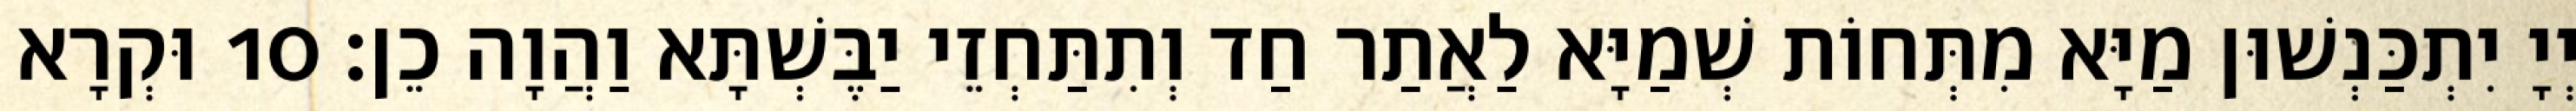
יְיָ יִתְכַּנְשׁוּן מַיָּא מִתְּחוֹת שְׁמַיָּא לַאֲתַר חַד וְתִתַּחְזֵי יַבֶּשְׁתָּא וַהֲוָה כֵן׃ 10 וּקְרָא